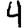
Digit: 4